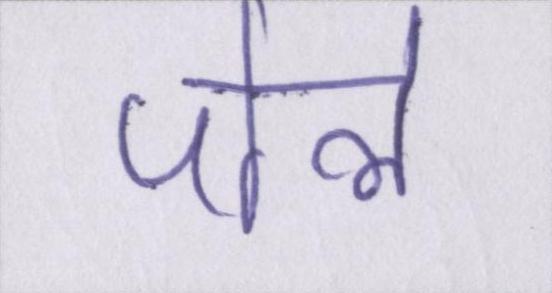
पोले